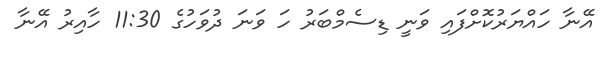
އޭނާ ހައްޔަރުކޮށްފައި ވަނީ ޑިސެމްބަރު ހަ ވަނަ ދުވަހުގެ 11:30 ހާއިރު އޭނާ